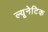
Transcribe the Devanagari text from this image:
ल्यूनेटिक